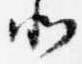
北